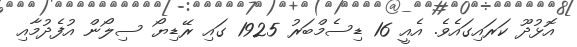
އޮޅުދޫ ކަރައިގައެވެ. އެއީ 16 ޑިސެމްބަރު 1925 ގައި ރޭޑިޔޯ ސިލޯން އުފެދުމާއި